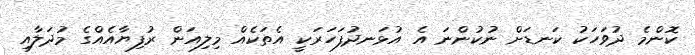
ކޮންމެ ދުވަހަކު ކަނޑަށް ނުކުންނަ އެ އުޅަނދުފަހަރަކީ އެތަކެއް މިލިއަން ރުފިޔާއެއްގެ މުދަލާއި